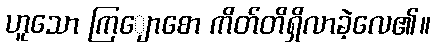
ဟူသော ကြျောစော ကိတ်တိရှိလာခဲ့လေ၏။